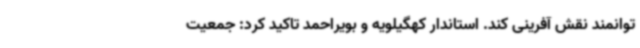
توانمند نقش آفرینی کند. استاندار کهگیلویه و بویراحمد تاکید کرد: جمعیت